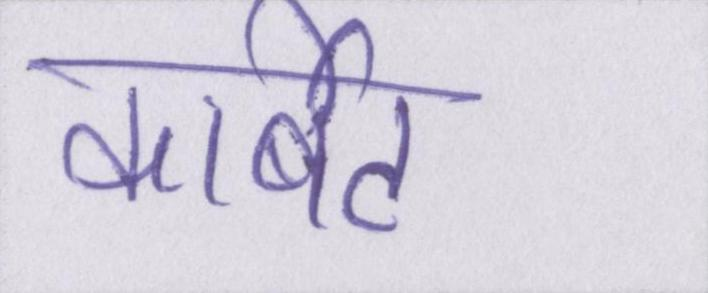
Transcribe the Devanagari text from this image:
कार्बेट